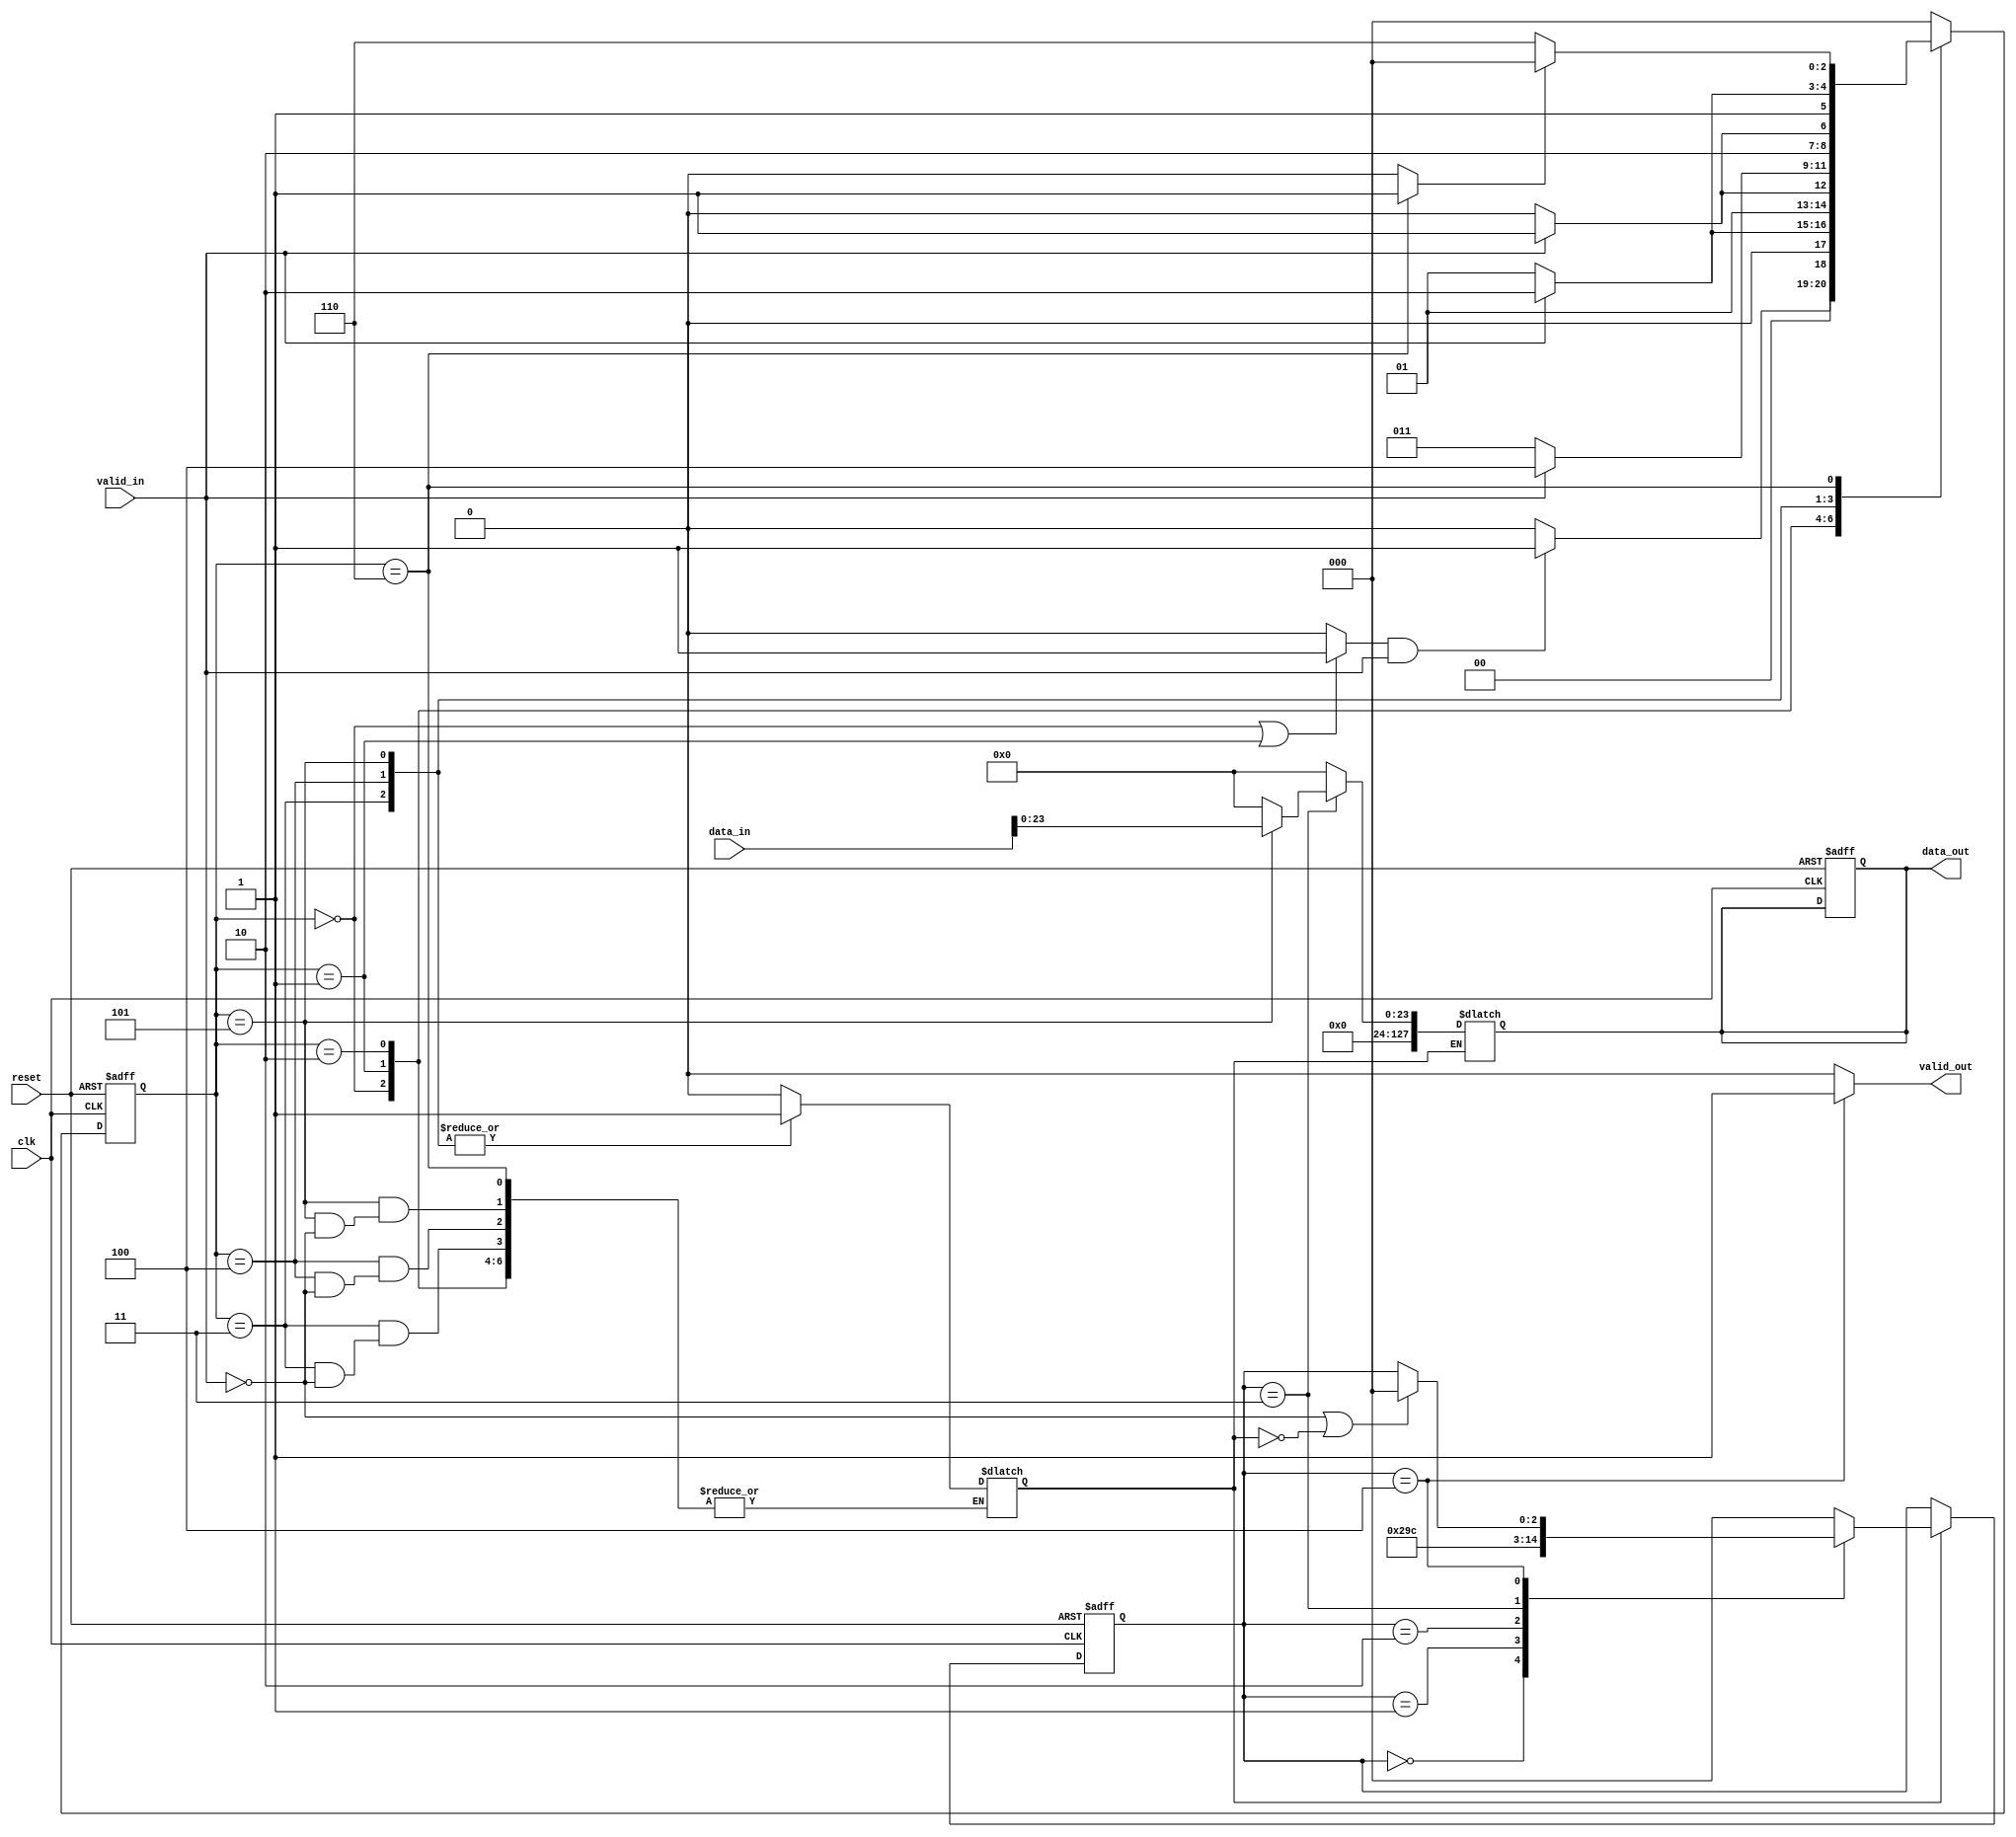
module barramento(
	 input clk,
	 input reset,
	 input [127:0]data_in,
	 input	valid_in,
	 output	reg valid_out,
	 output reg [127:0]data_out
	);
	
	 reg start_pck;
	 reg end_pck;
	 reg[39:0]HDR_var;
	 reg[23:0]CRC_var;
	 reg[31:0]PLD_low_var;
	 reg[127:0]PLD_mid_var;
	 reg 	PLD_high_var;
	 reg[3:0]counter_v;
	 reg flag;
	 reg[127:0]data_out_wire;


//machine one
	parameter [2:0]START = 3'b000;		//0
	parameter [2:0]HDR = 3'b001	;		//1	
	parameter [2:0]PLD_low = 3'b010;		//2
	parameter [2:0]PLD_mid = 3'b011;		//3
	parameter [2:0]PLD_high = 3'b100;		//4
	parameter [2:0]CRC = 3'b101	;		//5
	parameter [2:0]END = 3'b110	;		//6

//machine 2

	parameter [2:0]HDR_2 = 3'b000	;		//0	
	parameter [2:0]PLD_1 = 3'b001	;		//1
	parameter [2:0]PLD_2 = 3'b010	;		//2
	parameter [2:0]CRC_2 = 3'b011	;		//3
	parameter [2:0]END_2 = 3'b100	;		//4

	

	reg [2:0]state1;
	reg [2:0]next_state1;
	reg [2:0]next_state2;
	reg [2:0]state2;

/*

	COMBINATIONAL PART MACHINE ONE

*/





	always @ (*)
	
		begin
		//next_state1=state1;
			case(state1)
				START:if( start_pck  && valid_in  )
				begin
					next_state1 = HDR;
	
				end else 
				begin
					next_state1 = START;
				end



				HDR:if(valid_in  )
				begin
					next_state1 = PLD_low;
				end else 
				begin
					next_state1 = HDR;
				end



				PLD_low :if( valid_in  )
				begin
					next_state1 = PLD_mid;
				end else
				begin
					next_state1 = PLD_low;
				end



				PLD_mid:if( valid_in  )
				begin
					next_state1 = PLD_high;
					flag = 1;
				end else 
				begin
					next_state1 = PLD_mid;
				end



				PLD_high :if(valid_in )
				begin
					next_state1 = CRC;
					flag = 1;
				end else 
				begin
					next_state1 = PLD_high;
				end



				CRC:if(valid_in  )
				begin
					next_state1 = END;
					flag = 1;
				end	else 
				begin
					next_state1 = CRC;

				end



				END:if(end_pck)
				begin 
					next_state1 = START;
				end else 
				begin
					next_state1 = END;

				end



				default:begin
					 next_state1 = START;
					flag = 0;
					end
			endcase
		
		
	end

/*

		SEQUENTIAL PART MACHINE 1	

*/
/*logica de mudanca de estados*/

always @ ( posedge clk or posedge reset) begin 
    if ( reset ) begin
	
      state1 <= START;
    end else begin
      
        state1 <= next_state1;
      
    end
  end

always @ (*)
	begin
	counter_v = 0;
	start_pck =((state1== START)| (state1== HDR)) ? 1 : 0;
	HDR_var = (state1== HDR)?  data_in[39:0] : 0;
	PLD_low_var = (state1== PLD_low ) ?  data_in[127:96] : 0;
	PLD_mid_var = (state1== PLD_mid ) ? 	data_in[127:0] : 0;
	PLD_high_var = (state1== PLD_high ) ? 	data_in : 0;
	CRC_var = (state1==CRC) ? 	data_in[23:0] : 0;
	end_pck = (state1 ==END) ? 1: 0;
	
	end

/*
			COMBINATIONAL PART MACHINE 2

*/


always @ (*)
	begin
	
		next_state2 = state2;

		case(state2)
			HDR_2:if( flag == 1 )
				begin 
					next_state2 = PLD_1;
				end else 
					begin
					next_state2 = HDR_2;
					end

			PLD_1:if(flag == 1)
				begin
					next_state2 = PLD_2;

				end else 
					begin
					next_state2 = PLD_1;
					end


			PLD_2:if( flag == 1)
				begin
					next_state2= CRC_2;

				end else 
					begin
					next_state2 = PLD_2;
					end


			CRC_2:if( flag == 1)
				begin
					next_state2= END_2;
				end else 
					begin
					next_state2= CRC_2;

					end


			END_2:if(valid_in!= 1 | flag != 1)
					begin
					next_state2= HDR_2;
					//counter_v=counter_v+1;
					end



		default: next_state2 = HDR_2;

		endcase
	end

/*logica de mudanca de estados*/

always @ ( posedge clk or posedge reset) begin 
    if ( reset ) begin
		data_out<=0;
      state2 <= HDR_2;
    end else if(flag ==1) begin
      
        state2 <= next_state2;
      
    end
  end


	/*

		SEQUENTIAL PART MACHINE 2

	*/


always @ (*)
	begin
	if(flag == 1)
		begin 
		data_out= data_out_wire;
		end

	data_out_wire= (state2== HDR_2)?HDR_var : 0;
	data_out_wire = (state2== PLD_1 ) ? {PLD_low_var[31:0], PLD_mid_var[95:0]}: 0;
	data_out_wire = (state2== PLD_2 ) ? 	{PLD_mid_var[127:96], PLD_high_var} : 0;
	data_out_wire = (state2==CRC_2) ? 	CRC_var: 0;
	valid_out = (state2 == END_2) ? 1 : 0;
end



endmodule